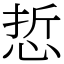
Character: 悊